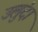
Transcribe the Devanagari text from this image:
उलुंदा